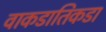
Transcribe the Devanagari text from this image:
वाकडातिकडा